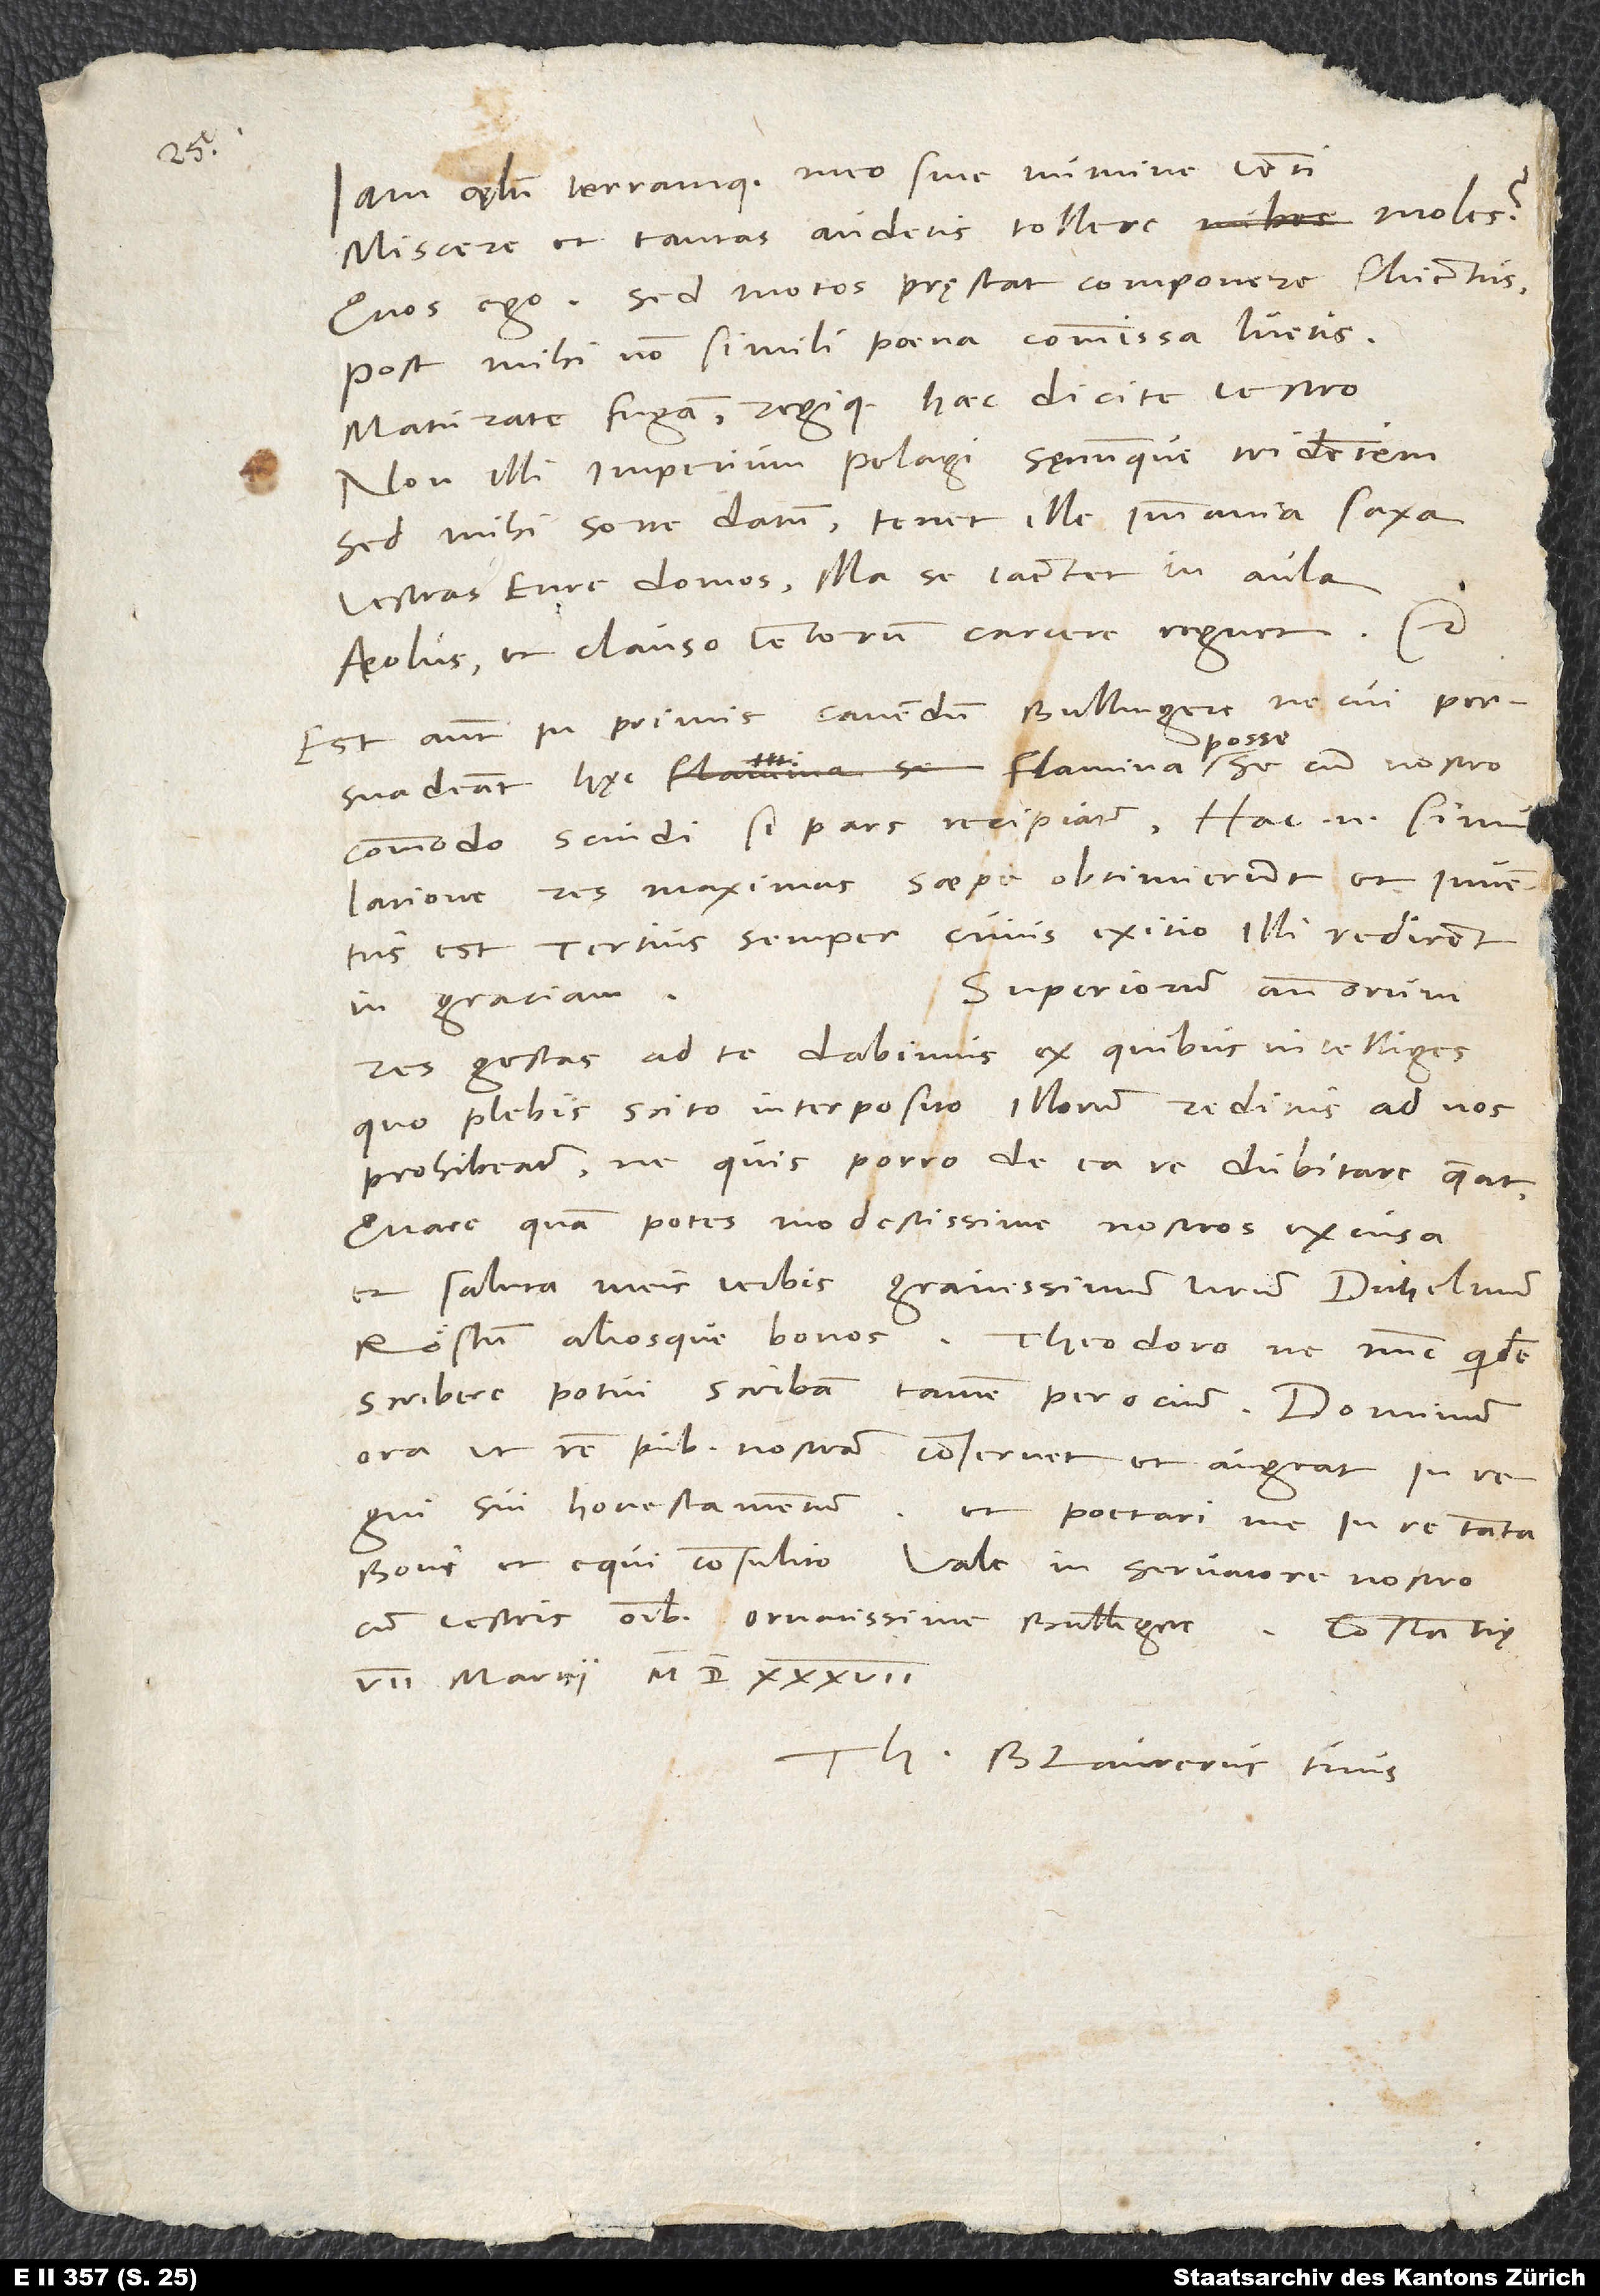
iam cęlum terramque meo sine numine, venti,
miscere et tantas audetis tollere moles?
Quos ego...! Sed motos pręstat componere fluctus;
post mihi non simili poena commissa luetis.
Maturate fugam regique haec dicite vestro:
Non illi imperium pelagi sęvumque tridentem,
sed mihi sorte datum; tenet ille immania saxa,
vestras, Eure, domos; illa se iactet in aula
Aeolus et clauso ventorum carcere regnet" etc.
Est autem in primis cavendum, Bullingere, ne cui
persuadeant hęc flamina posse se cum nostro
commodo scindi, si pars recipiatur. Hac enim simulatione
res maximas saepe obtinuerunt, et inventus
est tertius semper, cuius exitio illi redirent
Superiorum annorum
in gratiam.
res gestas ad te dabimus, ex quibus intelliges,
quo plebis scito interposito illorum reditus ad nos
prohibeatur, ne quis porro de ea re dubitare queat.
Quare quam potes modestissime nostros excusa
et saluta meis verbis gravissimum virum Dithelmum
Röstum aliosque bonos. Theodoro ne nunc quidem
scribere potui, scribam tamen per ocium. Dominum
ora, ut rem publicam nostram conservet et augeat in regni
sui honestamentum. Et poetari me in re tanta
boni et equi consulito. Vale in servatore nostro
cum vestris omnibus, ornatissime Bullingere.
Constantię,
7. martii 1537.
Th. Blaurerus tuus.